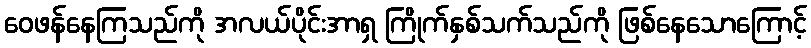
ဝေဖန်နေကြသည်ကို အလယ်ပိုင်းအာရှ ကြိုက်နှစ်သက်သည်ကို ဖြစ်နေသောကြောင့်